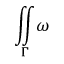
{ \underset { \Gamma } { \iint } } \omega